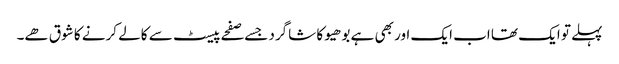
پہلے تو ایک تھا اب ایک اور بھی ہے بوھیو کا شاگرد جسے صفحے پیسٹ سے کالے کرنے کا شوق ھے۔